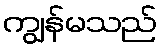
ကျွန်မသည်